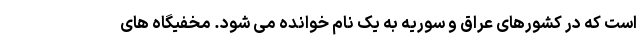
است که در کشورهای عراق و سوریه به یک نام خوانده می شود. مخفیگاه های